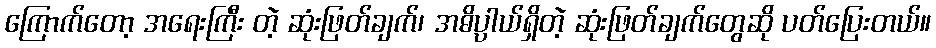
ကြောက်တော့ အရေးကြီး တဲ့ ဆုံးဖြတ်ချက်၊ အဓိပ္ပါယ်ရှိတဲ့ ဆုံးဖြတ်ချက်တွေဆို ပတ်ပြေးတယ်။